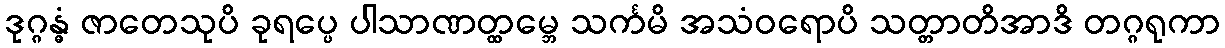
ဒုဂ္ဂန္ဓံ ဇာတေသုပိ ခုရပ္ပေ ပါသာဏတ္ထမ္ဘေ သင်္ကမိ အသံဝရောပိ သတ္တာတိအာဒိ တဂ္ဂရုကာ